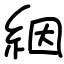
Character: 絪